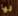
لها